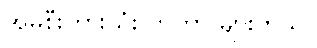
အိမ်စီးကားသုံးလာတာ များတယ်။